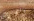
بالضرب